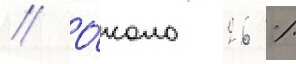
// О́коло 26 %